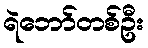
ရဲဘော်တစ်ဦး